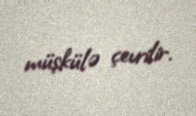
müşkülə çevrilir.